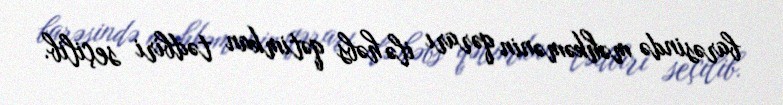
barəsində məhkəmənin qərarı ilə həbs qətimkan tədbiri seçilib.